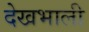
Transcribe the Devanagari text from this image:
देखभाली